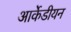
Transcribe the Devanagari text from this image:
आर्केडीयन